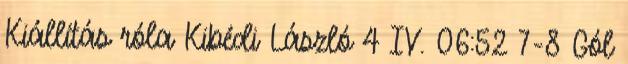
Kiállítás róla Kibédi László 4 IV. 06:52 7-8 Gól